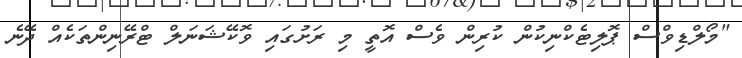
"މޯލްޑިވްސް ޕޮލިޓެކްނިކުން ކުރިން ވެސް އޮތީ މި ރަށުގައި ވޮކޭޝަނަލް ޓްރޭނިންތަކެއް ދޭނެ